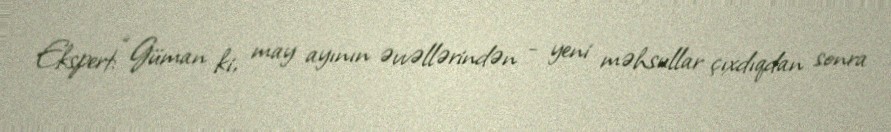
Ekspert: “Güman ki, may ayının əvvəllərindən - yeni məhsullar çıxdıqdan sonra